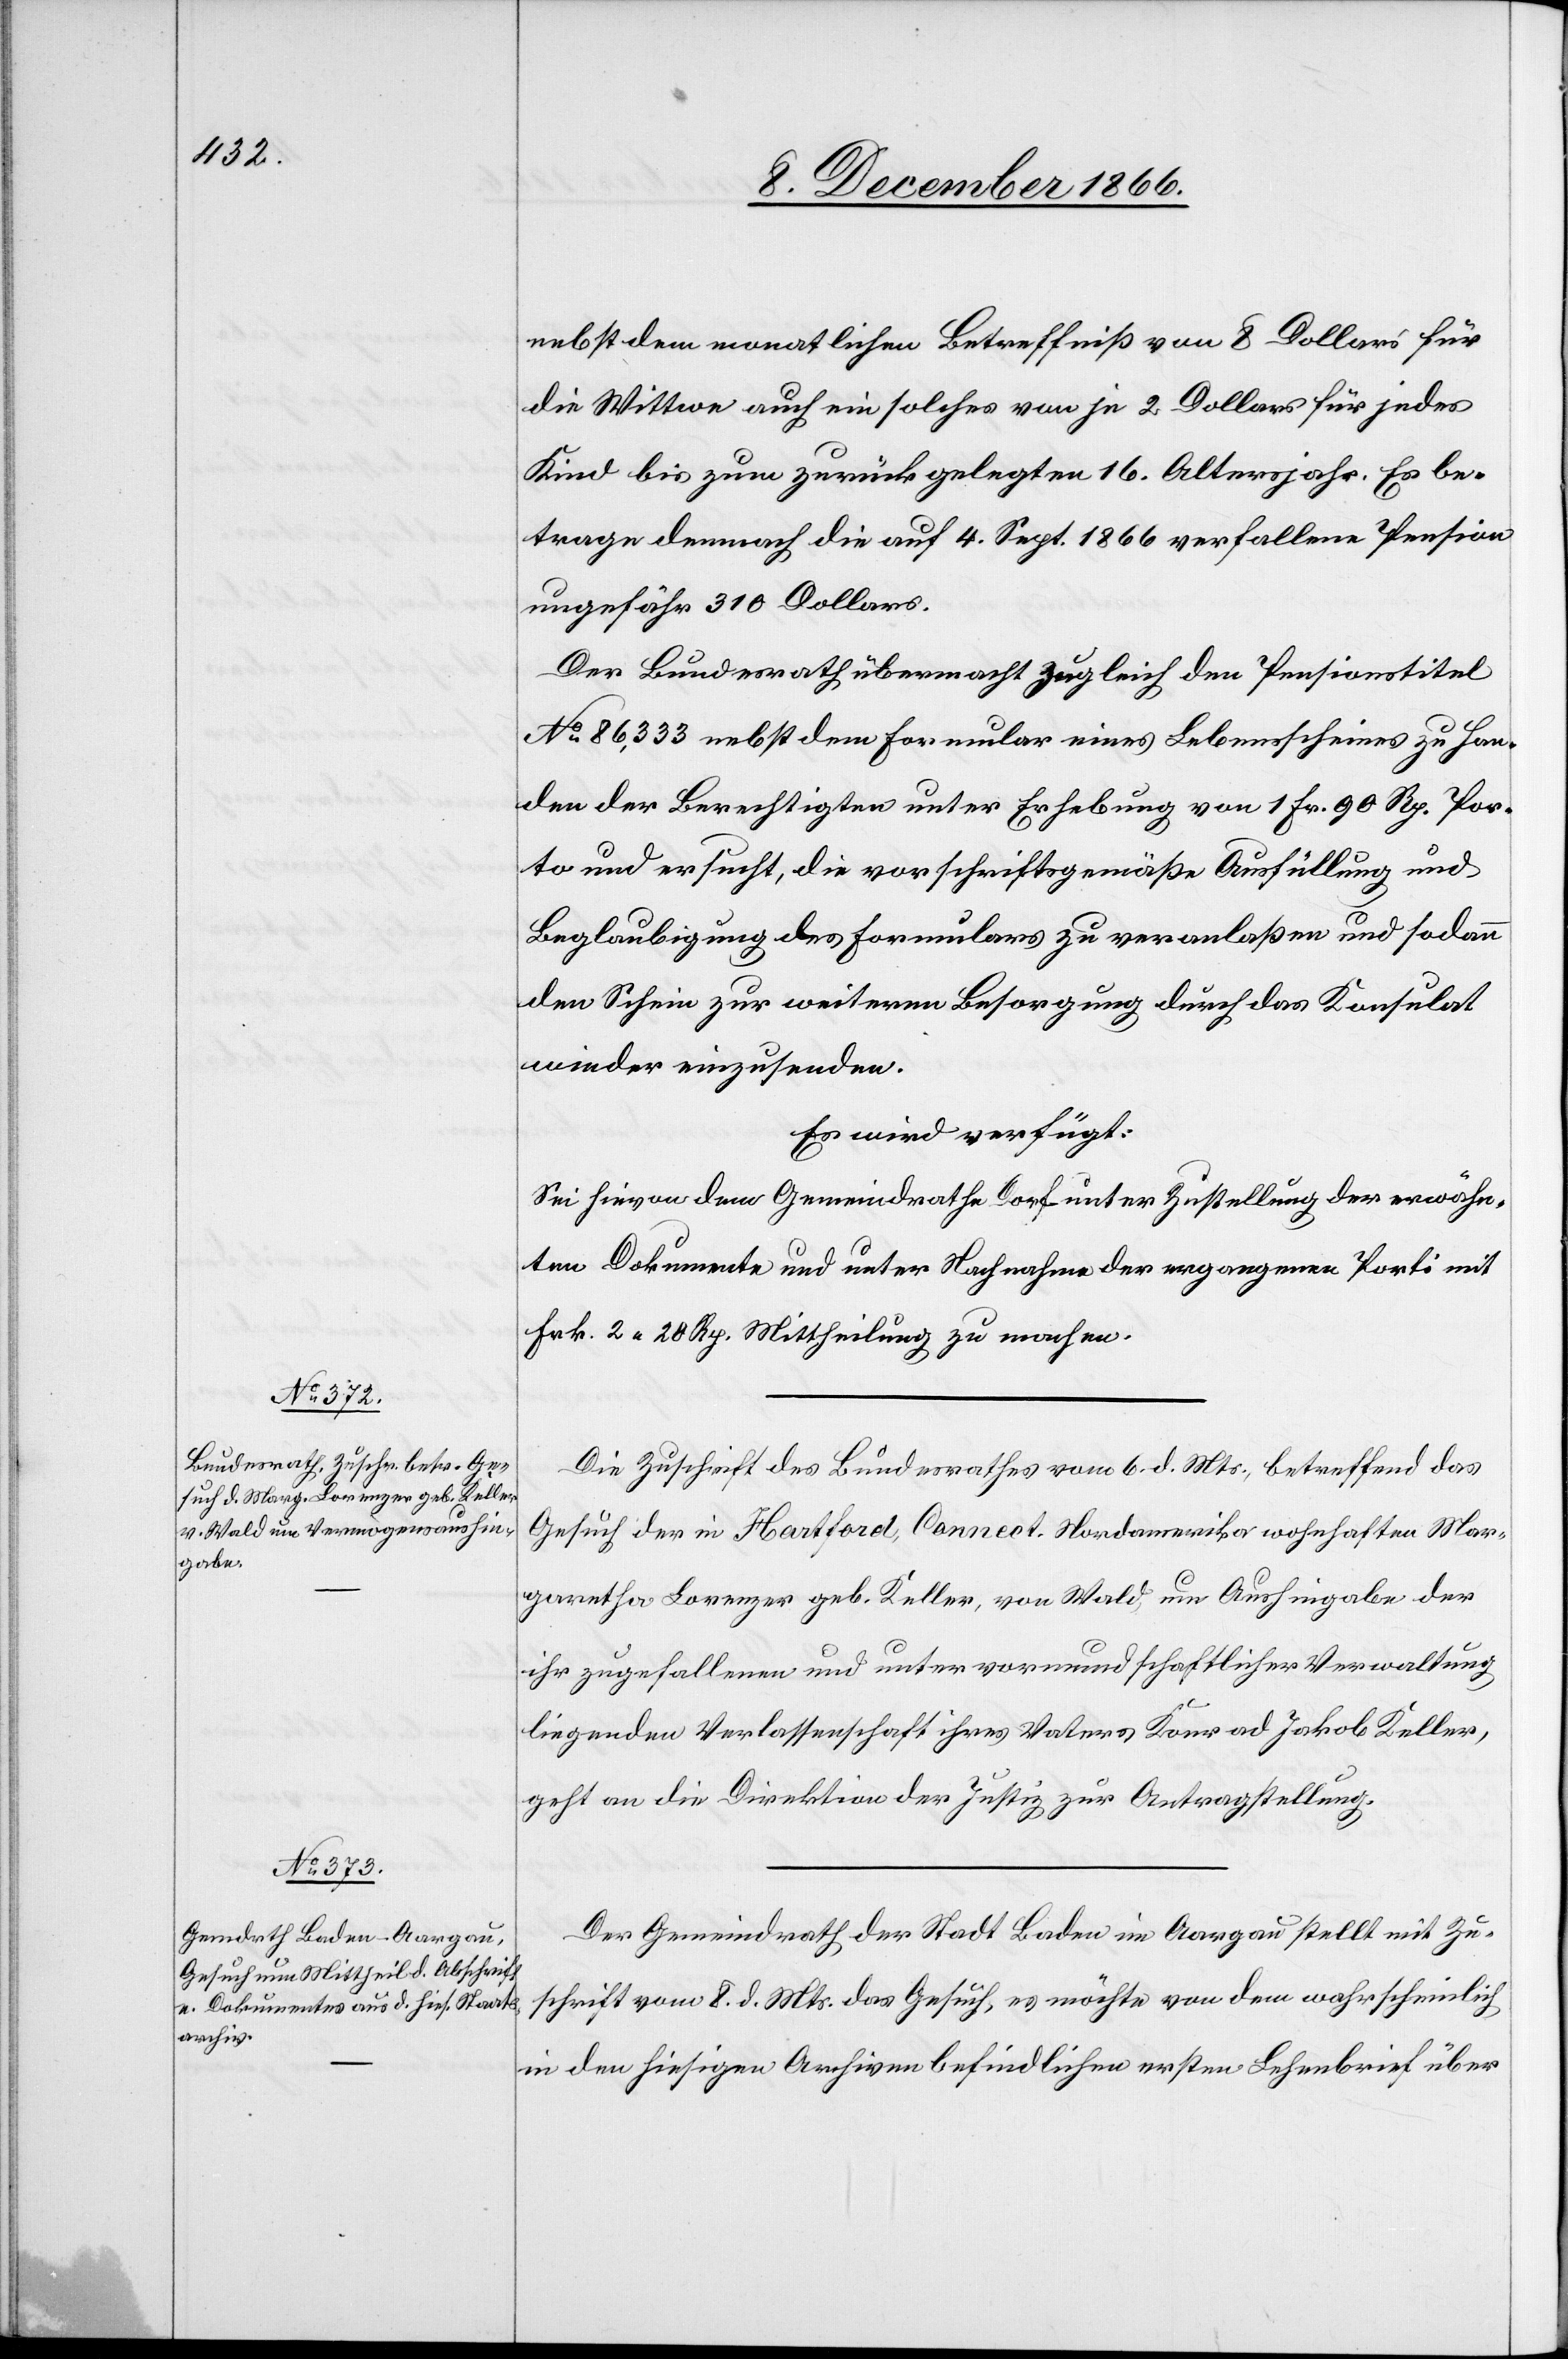
12. December 1866.]
nebst dem monatlichen Betreffniß von 8 Dollars für
die Wittwe auch ein solches von je 2 Dollars für jedes
Kind bis zum zurückgelegten 16. Altersjahr. Es be¬
trage demnach die auf 4. Sept. 1866 verfallene Pension
ungefähr 310 Dollars.
Der Bundesrath übermacht zugleich den Pensionstitel
No. 86 333 nebst dem Formular eines Lebensscheines zu Han¬
den der Berechtigten unter Erhebung von 1 Fr. 90 Rp. Por¬
to und ersucht, die vorschriftsgemäße Ausfüllung und
Beglaubigung des Formulars zu veranlaßen und sodann
den Schein zur weiteren Besorgung durch das Konsulat
wieder	 einzusenden.
Es wird verfügt:
Sei hievon dem Gemeindrathe Dorf unter Zustellung der erwähn¬
ten Dokumente und unter Nachnahme der ergangenen Porti mit
Frk. 2.20 Rp. Mittheilung zu machen.
Die Zuschrift des Bundesrathes vom 6. d. Mts., betreffend das
Gesuch der in Hartford, Connect. Nordamerika wohnhaften Mar¬
garetha Lorenzer geb. Keller, von Wald, um Aushingabe der
ihr zugefallenen und unter vormundschaftlicher Verwaltung
liegenden Verlassenschaft ihres Vaters Konrad Jakob Keller,
geht an die Direktion der Justiz zur Antragstellung.
Der Gemeindrath der Stadt Baden im Aargau stellt mit Zu¬
schrift vom 8. d. Mts. das Gesuch, es möchte von dem wahrscheinlich
in den hiesigen Archiven befindlichen ersten Lehenbrief über